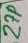
Text: 27p